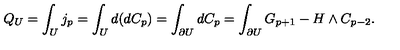
Q _ { U } = \int _ { U } j _ { p } = \int _ { U } d ( d C _ { p } ) = \int _ { \partial U } d C _ { p } = \int _ { \partial U } G _ { p + 1 } - H \wedge C _ { p - 2 } .